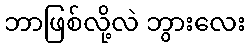
ဘာဖြစ်လို့လဲ ဘွားလေး